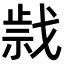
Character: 𢧍